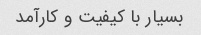
بسیار با کیفیت و کارآمد